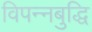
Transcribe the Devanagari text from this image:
विपन्नबुद्धि